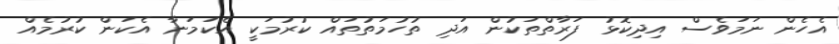
އެހެން ނަމަވެސް އިދިކޮޅު ފަރާތްތަކުން އަދި ތުހުމަތުތައް ކުރުމަކީ އެކަމަނާ އެކަން ކުރުމެއް